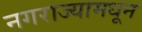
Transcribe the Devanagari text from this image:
नगराज्यामधून